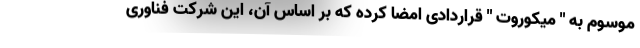
موسوم به " میکوروت " قراردادی امضا کرده که بر اساس آن، این شرکت فناوری